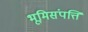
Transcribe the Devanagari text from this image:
भूमिसंपत्ति